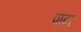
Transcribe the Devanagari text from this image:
पादा